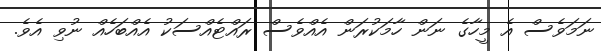
ނަމަވެސް އެ މީހާގެ ނަން ހާމަކުރަން އެއްވެސް ރައްޓެއްސަކު އެއްބަހެއް ނުވި އެވެ.